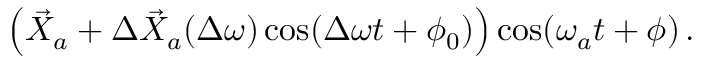
\begin{array} { r } { \left( \vec { X } _ { a } + \Delta \vec { X } _ { a } ( \Delta \omega ) \cos ( \Delta \omega t + \phi _ { 0 } ) \right) \cos ( \omega _ { a } t + \phi ) \, . } \end{array}